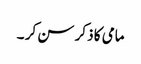
مامی کا ذکر سن کر ۔